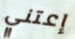
إعتني